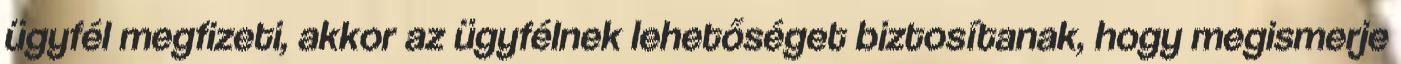
ügyfél megfizeti, akkor az ügyfélnek lehetőséget biztosítanak, hogy megismerje